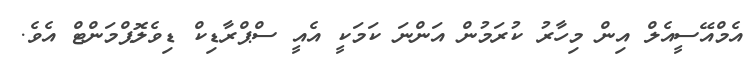
އެމްްއޭސީއެލް އިން މިހާރު ކުރަމުން އަންނަ ކަމަކީ އެއީ ސްޕްރާޑިކް ޑިވެލޮޕްމަންޓް އެވެ.